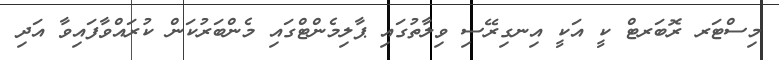
މިސްޓަރ ރޮބަރޓް ކީ އަކީ އިނގިރޭސި ވިލާތުގައި ޕާލިމެންޓްގައި މެންބަރުކަން ކުރައްވާފައިވާ އަދި